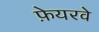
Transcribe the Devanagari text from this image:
फ़ेयरवे